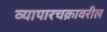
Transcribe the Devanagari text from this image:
व्यापारचक्रावरील